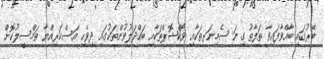
ބޭރުގައި ބާއްވާފައިވާ ތަފާތު ގިނަ ސެމިނަރތަކާއި ވޯކްޝޮޕްތަކާއި ބައްދަލުވުންތަކުގައި ދިވެހި އަސްކަރިއްޔާ ތަމްސީލުކޮށް